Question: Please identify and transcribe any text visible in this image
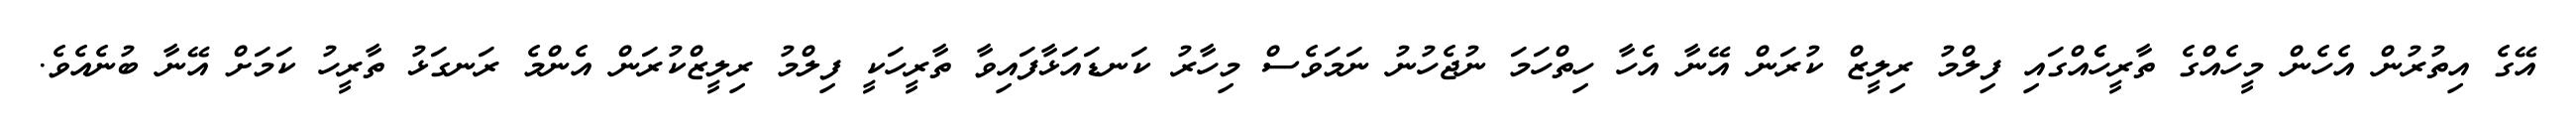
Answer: އޭގެ އިތުރުން އެހެން މީހެއްގެ ތާރީހެެއްގައި ފިލްމު ރިލީޒް ކުރަން އޭނާ އެހާ ހިތްހަމަ ނުޖެހުނު ނަމަވެސް މިހާރު ކަނޑައަޅާފައިވާ ތާރީހަކީ ފިލްމު ރިލީޒްކުރަން އެންމެ ރަނގަޅު ތާރީހު ކަމަށް އޭނާ ބުނެއެވެ.